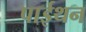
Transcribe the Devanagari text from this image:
पाईथन